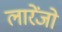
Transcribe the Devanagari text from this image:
लारेंजो